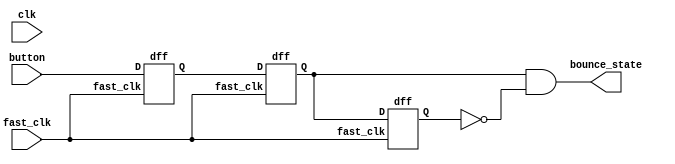
`timescale 1ns / 1ps
//////////////////////////////////////////////////////////////////////////////////
// Company: 
// Engineer: 
// 
// Design Name: 
// Module Name:    debouncer 
// Project Name: 
// Target Devices: 
// Tool versions: 
// Description: 
//
// Dependencies: 
//
// Revision: 
// Revision 0.01 - File Created
// Additional Comments: 
//
/////////////////////////////////////////////////////////////////////////////////

module debouncer(
	input clk, 
	input fast_clk,
	input button, //input to be debounced
	output bounce_state //debounced switch/button
	);
	
	wire Q0, Q1, Q2;
	
	dff d0(fast_clk, button, Q0);
	dff d1(fast_clk, Q0, Q1);
	dff d2(fast_clk, Q1, Q2);
	
	assign bounce_state = Q1 & ~Q2;
	
endmodule



module dff(input fast_clk,
			  input D,
			  output reg Q);
always @ (posedge fast_clk) begin 
	Q <= D;
end
endmodule